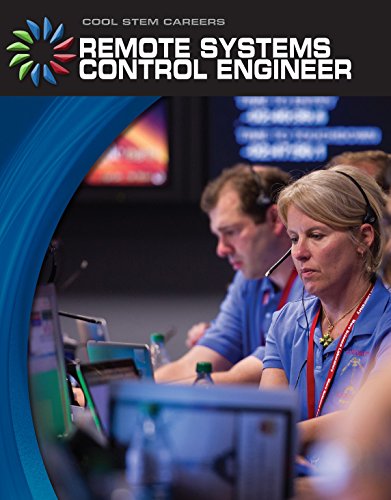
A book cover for Remote Systems Control Engineer (21st Century Skills Library: Cool STEM Careers); Matt Mullins; Children's Books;